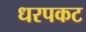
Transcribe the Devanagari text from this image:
धरपकट